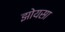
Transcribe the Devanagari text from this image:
झोयसा